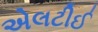
એલટીઈ